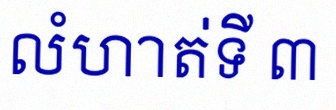
លំហាត់ទី ៣